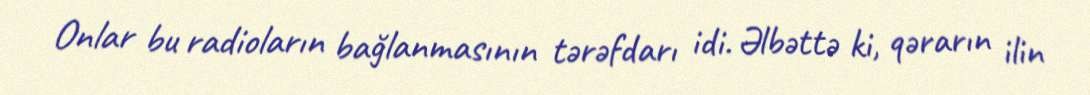
Onlar bu radioların bağlanmasının tərəfdarı idi. Əlbəttə ki, qərarın ilin